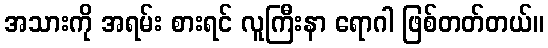
အသားကို အရမ်း စားရင် လူကြီးနာ ရောဂါ ဖြစ်တတ်တယ်။